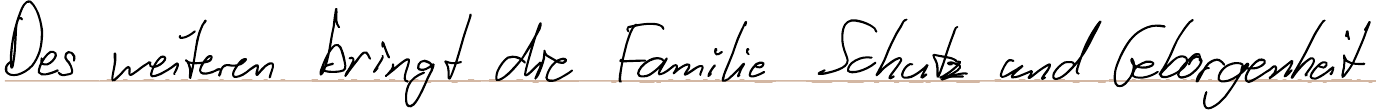
Des weiteren bringt die Familie Schutz und Geborgenheit